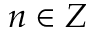
n \in Z